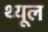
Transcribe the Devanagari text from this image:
थ्यूल